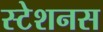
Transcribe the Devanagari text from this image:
स्टेशनस